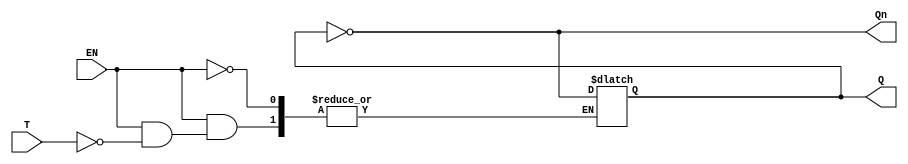
module GatedTLatch (
    input wire T,      // Toggle input
    input wire EN,     // Enable signal
    output reg Q,      // Output
    output wire Qn     // Complementary output
);

    assign Qn = ~Q; // Complement of Q

    always @(*) begin
        if (EN) begin
            if (T) begin
                Q = ~Q; // Toggle state when T is high
            end
            // If T is low, Q remains unchanged (implicit)
        end
        // If EN is low, Q remains unchanged (implicit)
    end

endmodule